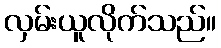
လှမ်းယူလိုက်သည်။